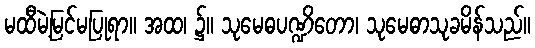
မထီမဲ့မြင်မပြုရာ။ အထ၊ ၌။ သုမေဓပဏ္ဍိတော၊ သုမေဓာသုခမိန်သည်။